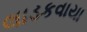
લાડકવાયા